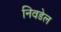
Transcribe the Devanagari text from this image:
निवडेल